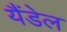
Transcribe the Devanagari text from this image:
यैंडेल